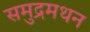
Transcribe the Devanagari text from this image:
समुद्रमथन